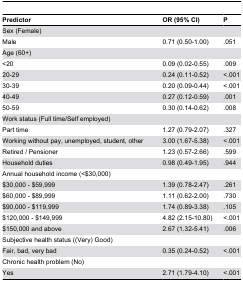
| Predictor | OR (95% CI) | P |
 | --- | --- | --- |
 | Sex (Female) |  |  |
 | Male | 0.71 (0.50-1.00) | .051 |
 | Age (60+) |  |  |
 | <20 | 0.09 (0.02-0.55) | .009 |
 | 20-29 | 0.24 (0.11-0.52) | <.001 |
 | 30-39 | 0.20 (0.09-0.44) | <.001 |
 | 40-49 | 0.27 (0.12-0.59) | .001 |
 | 50-59 | 0.30 (0.14-0.62) | .008 |
 | Work status (Full time/Self employed) |  |  |
 | Part time | 1.27 (0.79-2.07) | .327 |
 | Working without pay, unemployed, student, other | 3.00 (1.67-5.38) | <.001 |
 | Retired / Pensioner | 1.23 (0.57-2.66) | .599 |
 | Household duties | 0.98 (0.49-1.95) | .944 |
 | Annual household income (<$30,000) |  |  |
 | $30,000 - $59,999 | 1.39 (0.78-2.47) | .261 |
 | $60,000 - $89,999 | 1.11 (0.62-2.00) | .730 |
 | $90,000 - $119,999 | 1.74 (0.89-3.38) | .105 |
 | $120,000 - $149,999 | 4.82 (2.15-10.80) | <.001 |
 | $150,000 and above | 2.67 (1.32-5.41) | .006 |
 | Subjective health status ((Very) Good) |  |  |
 | Fair, bad, very bad | 0.35 (0.24-0.52) | <.001 |
 | Chronic health problem (No) |  |  |
 | Yes | 2.71 (1.79-4.10) | <.001 |